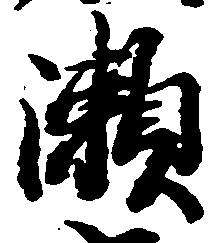
瀬